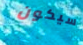
سيكون